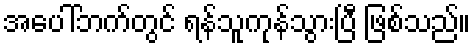
အပေါ်ဘက်တွင် ရန်သူကုန်သွားပြီ ဖြစ်သည်။